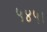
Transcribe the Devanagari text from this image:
५४५।